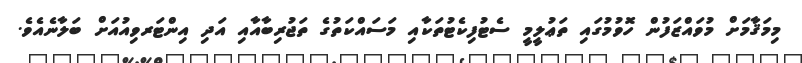
މިމަޤާމަށް މުވައްްޒަފުން ހޮވުމުގައި ތަޢުލީމީ ސެޓުފިކެޓުތަކާއި މަސައްކަތުގެ ތަޖުރިބާއާއި އަދި އިންޓަރވިއުއަށް ބަލާނެއެވެ.